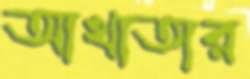
আখাতার